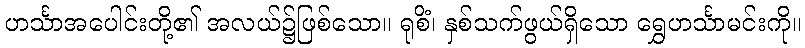
ဟင်္သာအပေါင်းတို့၏ အလယ်၌ဖြစ်သော။ ရုစိံ၊ နှစ်သက်ဖွယ်ရှိသော ရွှေဟင်္သာမင်းကို။